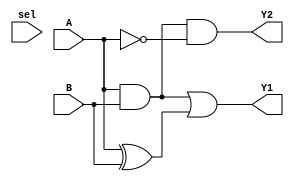
module comb_logic_block (
    input wire [3:0] A,      // 4-bit input A
    input wire [3:0] B,      // 4-bit input B
    input wire sel,          // Control signal for multiplexing
    output wire [3:0] Y1,    // Output Y1
    output wire [3:0] Y2     // Output Y2
);

// Intermediate shared logic
wire [3:0] common_logic;
assign common_logic = A & B; // Example of shared logic (AND operation)

// Output Logic
assign Y1 = common_logic | (A ^ B); // Example output function 1
assign Y2 = common_logic & (~A);     // Example output function 2

endmodule